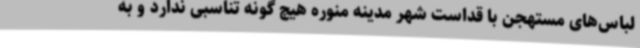
لباس‌های مستهجن با قداست شهر مدینه منوره هیچ گونه تناسبی ندارد و به